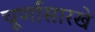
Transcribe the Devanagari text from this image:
चूर्णासारखे